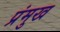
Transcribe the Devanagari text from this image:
प्रंमुख